画像に写った文字を読んでください
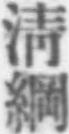
「淸綱」と書いてあります